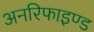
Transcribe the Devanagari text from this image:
अनरिफाइण्ड